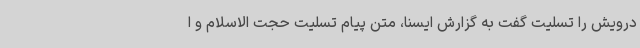
درویش را تسلیت گفت به گزارش ایسنا، متن پیام تسلیت حجت الاسلام و ا